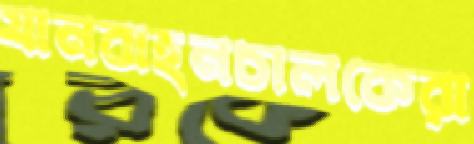
যানবাহনচালকেরা